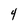
Character: 4